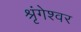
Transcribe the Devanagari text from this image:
श्रृंगेश्‍वर